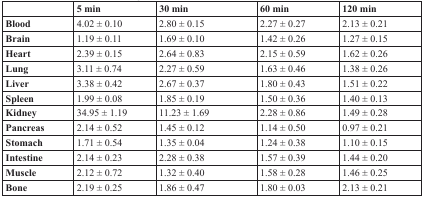
|  | 5 min | 30 min | 60 min | 120 min |
 | --- | --- | --- | --- | --- |
 | Blood | 4.02 ± 0.10 | 2.80 ± 0.15 | 2.27 ± 0.27 | 2.13 ± 0.21 |
 | Brain | 1.19 ± 0.11 | 1.69 ± 0.10 | 1.42 ± 0.26 | 1.27 ± 0.15 |
 | Heart | 2.39 ± 0.15 | 2.64 ± 0.83 | 2.15 ± 0.59 | 1.62 ± 0.26 |
 | Lung | 3.11 ± 0.74 | 2.27 ± 0.59 | 1.63 ± 0.46 | 1.38 ± 0.26 |
 | Liver | 3.38 ± 0.42 | 2.67 ± 0.37 | 1.80 ± 0.43 | 1.51 ± 0.22 |
 | Spleen | 1.99 ± 0.08 | 1.85 ± 0.19 | 1.50 ± 0.36 | 1.40 ± 0.13 |
 | Kidney | 34.95 ± 1.19 | 11.23 ± 1.69 | 2.28 ± 0.86 | 1.49 ± 0.28 |
 | Pancreas | 2.14 ± 0.52 | 1.45 ± 0.12 | 1.14 ± 0.50 | 0.97 ± 0.21 |
 | Stomach | 1.71 ± 0.54 | 1.35 ± 0.04 | 1.24 ± 0.38 | 1.10 ± 0.15 |
 | Intestine | 2.14 ± 0.23 | 2.28 ± 0.38 | 1.57 ± 0.39 | 1.44 ± 0.20 |
 | Muscle | 2.12 ± 0.72 | 1.32 ± 0.40 | 1.58 ± 0.28 | 1.46 ± 0.25 |
 | Bone | 2.19 ± 0.25 | 1.86 ± 0.47 | 1.80 ± 0.03 | 2.13 ± 0.21 |